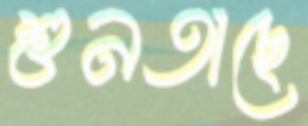
শুনতাছে